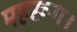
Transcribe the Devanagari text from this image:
महरूम।